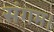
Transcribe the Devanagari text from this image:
संगम।